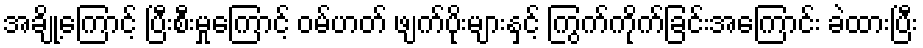
အချို့ကြောင့် ပြီးစီးမှုကြောင့် ဝမ်ဟတ် ဖျက်ပိုးများနှင့် ကြွက်ကိုက်ခြင်းအကြောင်း ခဲထားပြီး